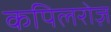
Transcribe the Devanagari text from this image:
कपिलरोज़